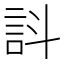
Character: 䚵